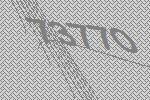
73770